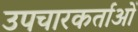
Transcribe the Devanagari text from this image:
उपचारकर्ताओं